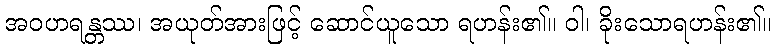
အဝဟရန္တဿ၊ အယုတ်အားဖြင့် ဆောင်ယူသော ရဟန်း၏။ ဝါ၊ ခိုးသောရဟန်း၏။